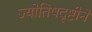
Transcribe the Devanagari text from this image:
ज्योतिषदृष्टीने